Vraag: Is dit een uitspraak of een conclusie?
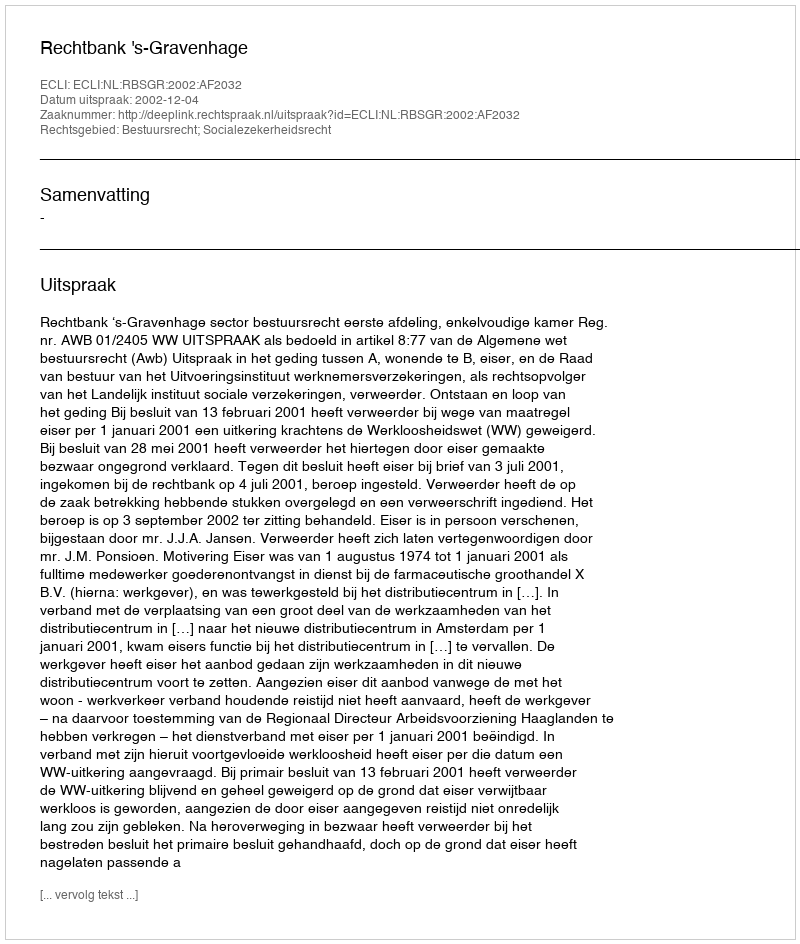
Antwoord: Uitspraak